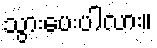
သွားပေးပါလား။